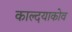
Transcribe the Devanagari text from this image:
काल्दयाकोव